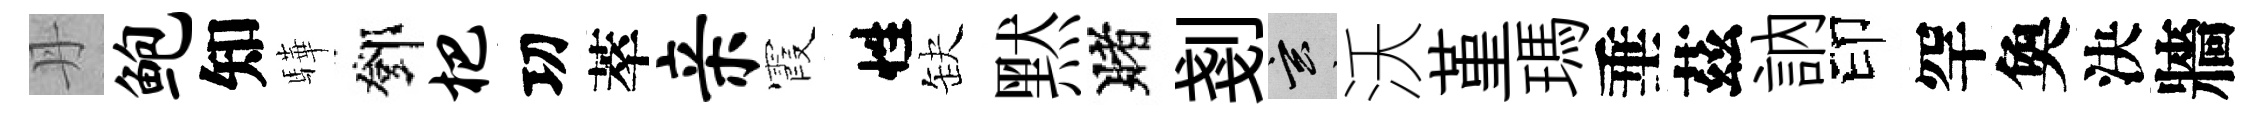
丹鲍知驊鄧杷㓛萃亲霞性缺黙賭剗玄沃堇瑪垂茲訥印罕奐決牆